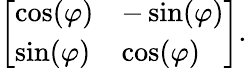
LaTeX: {\left[\begin{array}{ll}{\cos(\varphi)}&{-\sin(\varphi)}\\ {\sin(\varphi)}&{\cos(\varphi)}\end{array}\right]}.